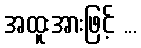
အထူးအားဖြင့် ...